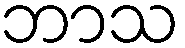
ဘာသ